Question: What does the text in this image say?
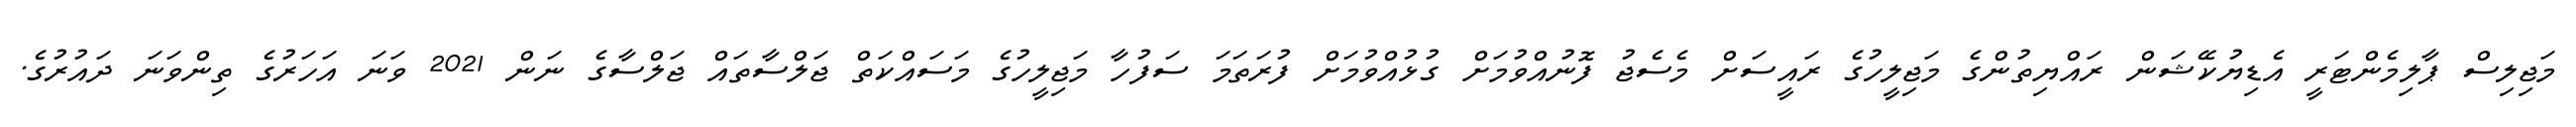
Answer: މަޖިލިސް ޕާލިމެންޓަރީ އެޑިޔުކޭޝަން ރައްޔިތުންގެ މަޖިލީހުގެ ރައީސަށް މެސެޖު ފޮނުއްވުމަށް ގުޅުއްވުމަށް ފުރަތަމަ ސަފުހާ މަޖިލީހުގެ މަސައްކަތް ޖަލްސާތައް ޖަލްސާގެ ނަން 2021 ވަނަ އަހަރުގެ ތިންވަނަ ދައުރުގެ.